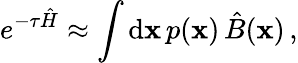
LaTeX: e^{-\tau\hat{H}}\approx\int\mathrm{d}\textbf{x}\, p(\textbf{x})\, \hat{B}(\textbf{x})\, ,